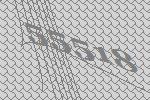
55518